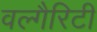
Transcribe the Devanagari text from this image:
वल्गैरिटी